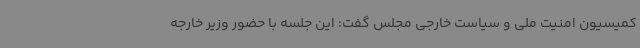
کمیسیون امنیت ملی و سیاست خارجی مجلس گفت: این جلسه با حضور وزیر خارجه